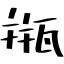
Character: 甁